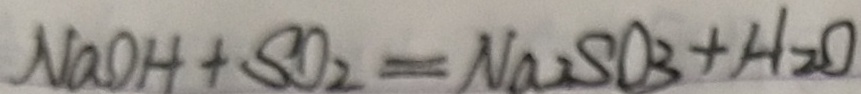
N a O H + S O _ { 2 } = N a _ { 2 } S O _ { 3 } + H _ { 2 } O